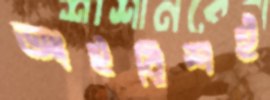
আইরিশই